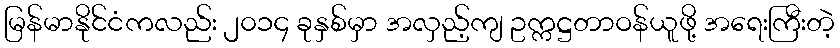
မြန်မာနိုင်ငံကလည်း ၂၀၁၄ ခုနှစ်မှာ အလှည့်ကျ ဥက္ကဋ္ဌတာဝန်ယူဖို့ အရေးကြီးတဲ့